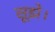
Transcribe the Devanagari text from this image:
सूझे।